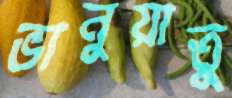
ভানুয়াতু